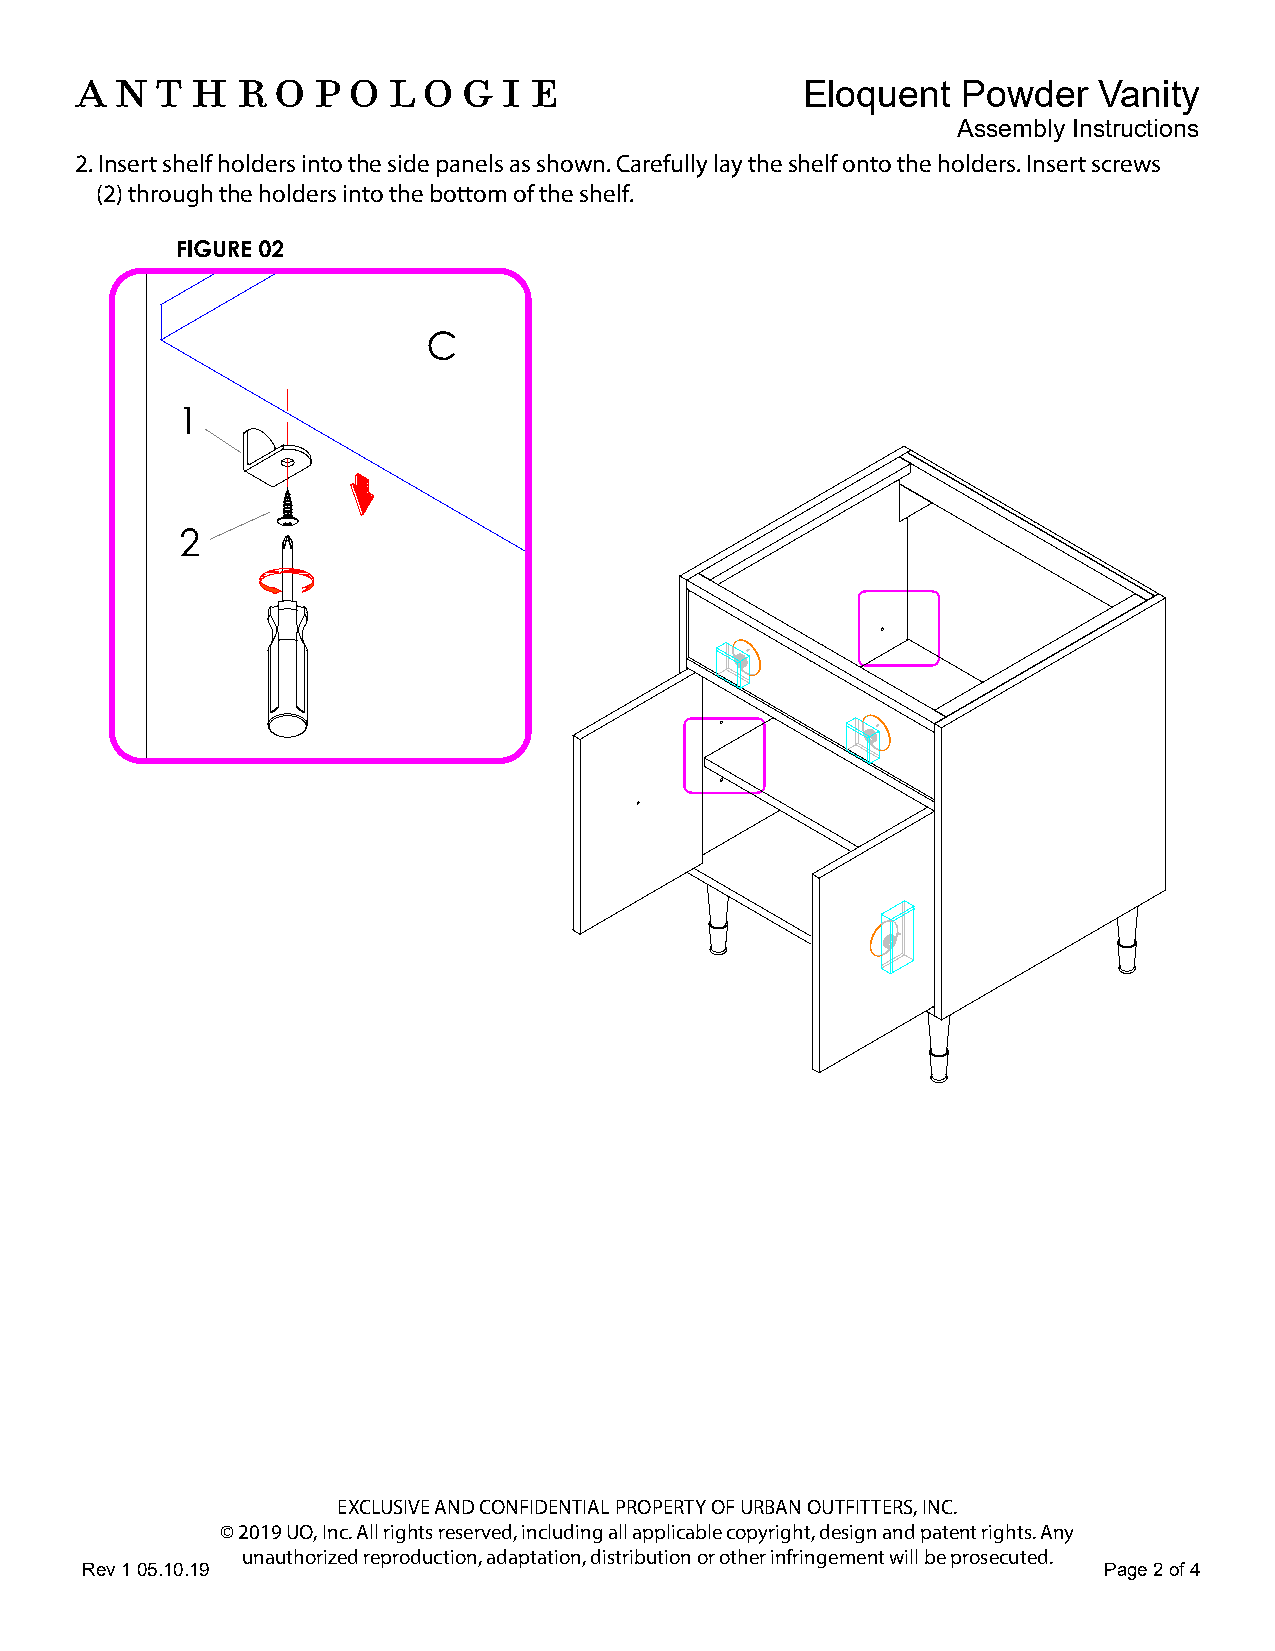
Eloquent   Powder   Vanity
 Assembly Instructions
 2. Insert shelf holders into the side panels as shown. Carefully lay the shelf onto the holders. Insert screws
 (2) through the holders into the bottom of the shelf.
 EXCLUSIVE AND CONFIDENTIAL PROPERTY OF URBAN OUTFITTERS, INC.
 © 2019 UO, Inc. All rights reserved, including all applicable copyright, design and patent rights. Any
 unauthorized reproduction, adaptation, distribution or other infringement will be prosecuted.
 Rev 1 05.10.19                                                      Page 2 of 4